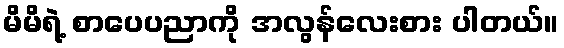
မိမိရဲ့ စာပေပညာကို အလွန်လေးစား ပါတယ်။